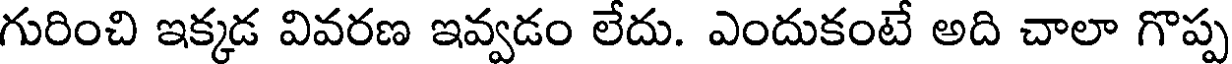
గురించి ఇక్కడ వివరణ ఇవ్వడం లేదు. ఎందుకంటే అది చాలా గొప్ప